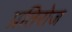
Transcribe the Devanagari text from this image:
प्रतिरोज